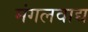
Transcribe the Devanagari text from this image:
मंगलवाद्य